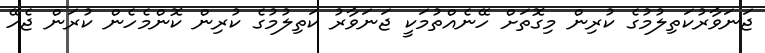
ޖަނަވާރުކަތިލުމުގެ ކުރިން މިގޮތަށް ހޭނެއްތުމަކީ ޖަނަވާރު ކަތިލުމުގެ ކުރިން ކޮންމެހެން ކުރަން ޖެހޭ